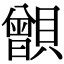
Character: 𧸑